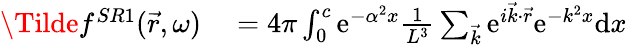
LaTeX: \begin{array}{rl}{\Tilde{f}^{SR1}(\vec{r},\omega)}&{{}=4\pi\int_{0}^{c}\mathrm{e}^{-\alpha^{2}x}\frac{1}{L^{3}}\sum_{\vec{k}}\mathrm{e}^{i\vec{k}\cdot\vec{r}}\mathrm{e}^{-k^{2}x}\mathrm{d}x}\end{array}